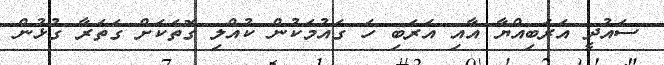
ސައުދީ އަރަބިއްޔާ އާއި އަރަބި ހަ ގައުމަކުން ކުއްލި ގޮތަކަށް ގަތަރާ ގުޅުން